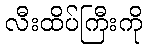
လီးထိပ်ကြီးကို